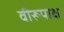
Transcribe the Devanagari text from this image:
वीरूपाक्ष